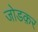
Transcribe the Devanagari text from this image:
जोडक़र